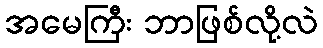
အမေကြီး ဘာဖြစ်လို့လဲ